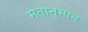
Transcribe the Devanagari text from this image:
मतानुमान